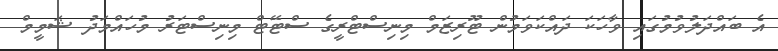
އެ ބައްދަލުވުމުގައި ވާހަކަ ދައްކަވަމުން ޓޫރިޒަމް މިނިސްޓްރީގެ ސްޓޭޓް މިނިސްޓަރު މުހައްމަދު ޝަމީމް